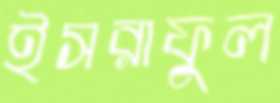
ইসরাফুল